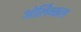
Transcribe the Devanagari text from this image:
ओर्लिन्सला